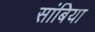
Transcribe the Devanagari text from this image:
सांबिया